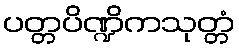
ပတ္တပိဏ္ဍိကသုတ္တံ